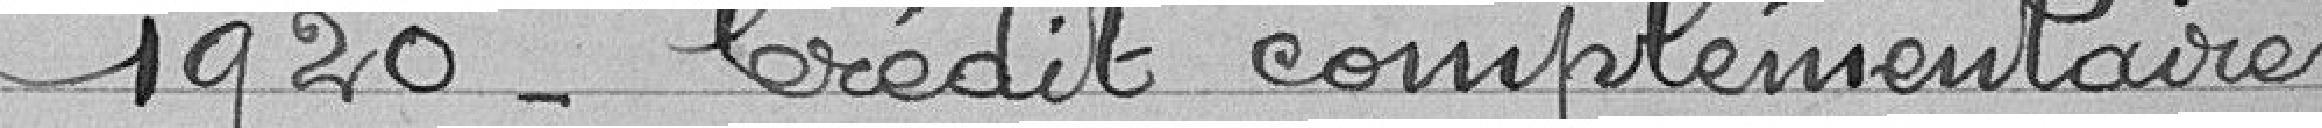
1920 - Crédit complémentaire